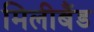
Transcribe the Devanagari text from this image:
मिलीबैंड